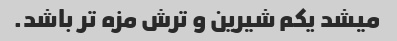
میشد یکم شیرین و ترش مزه تر باشد.